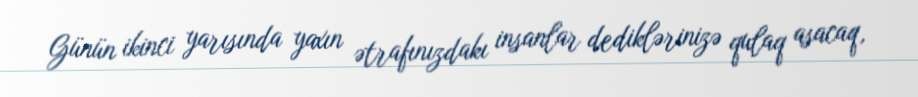
Günün ikinci yarısında yaxın ətrafınızdakı insanlar dediklərinizə qulaq asacaq,